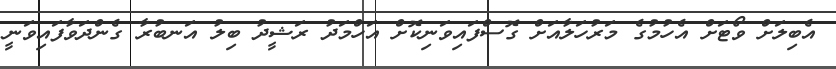
އެބިލަށް ވޯޓަށް އެހުމުގެ މަރުހަލާއަށް ގޮސްފައިވަނިކޮށް އަހްމަދު ރަޝީދު ބިލު އަނބުރާ ގެންދަވާފައިވަނީ